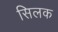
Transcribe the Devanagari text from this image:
सिलक